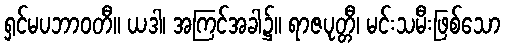
ရှင်မပဘာဝတီ။ ယဒါ၊ အကြင်အခါ၌။ ရာဇပုတ္တီ၊ မင်းသမီးဖြစ်သော